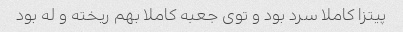
پیتزا کاملا سرد بود و توی جعبه کاملا بهم ریخته و له بود